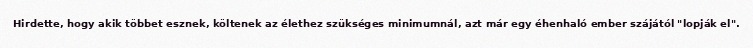
Hirdette, hogy akik többet esznek, költenek az élethez szükséges minimumnál, azt már egy éhenhaló ember szájától "lopják el".